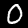
Digit: 0